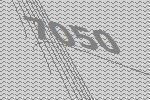
7050